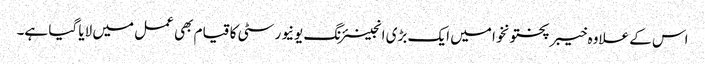
اس کے علاوہ خیبر پختونخوا میں ایک بڑی انجینئرنگ یونیورسٹی کا قیام بھی عمل میں لایا گیا ہے۔